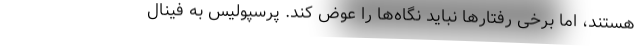
هستند، اما برخی رفتارها نباید نگاه‌ها را عوض کند. پرسپولیس به فینال